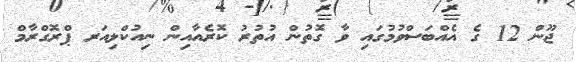
ޖޫން 12 ގެ އެއްބަސްވުމުގައި ވާ ގޮތުން އުތުރު ކޮރެއާއިން ނިއުކްލިއަރ ޕްރޮގްރާމް